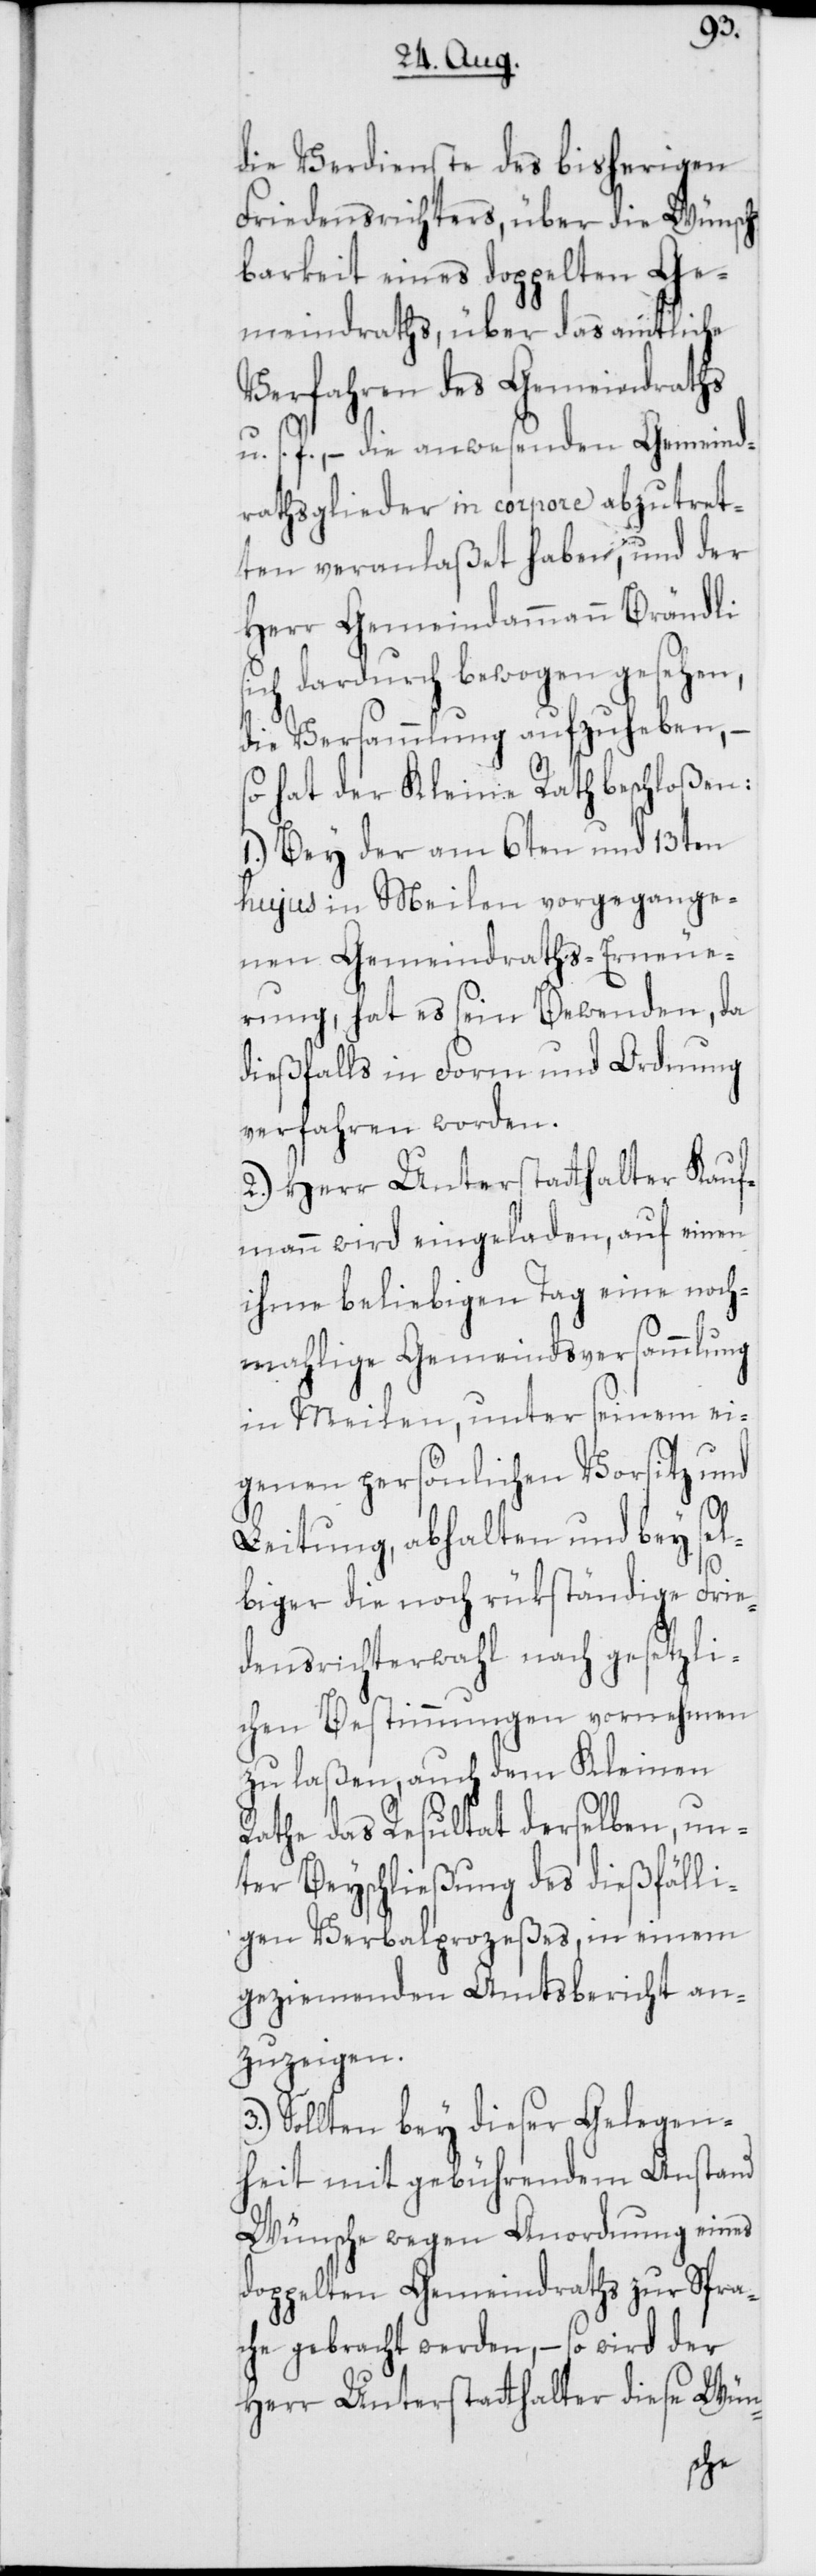
die Verdienste des bisherigen
Friedensrichters, über die Wünsch¬
barkeit eines doppelten Ge¬
meindraths, über das amtliche
Verfahren des Gemeindraths
u. s. f., – die anwesenden Gemeind¬
rathsglieder in corpore abzutret¬
ten veranlaßet haben, und der
Herr Gemeindammann Brändli
sich dardurch bewogen gesehen,
die Versammlung aufzuheben,
so hat der Kleine Rath beschloßen:
1.) Bey der am 6ten und 13ten
hujus in Meilen vorgegange¬
nen Gemeindraths-Erneue¬
rung, hat es sein Bewenden, da
dießfalls in Form und Ordnung
verfahren worden.
2.) Herr Unterstatthalter Kauf¬
mann wird eingeladen, auf einen
ihme beliebigen Tag eine noch¬
mahlige Gemeindsversammlung
in Meilen, unter seinem ei¬
genen persönlichen Vorsitz und
Leitung, abhalten und bey sel¬
biger die noch rükständige Frie¬
densrichterwahl nach gesetzli¬
chen Bestimmungen vornehmen
zu laßen, auch dem Kleinen
Rathe das Resultat derselben, un¬
ter Beyschließung des dießfälli¬
gen Verbalprozeßes, in einem
geziemenden Amtsbericht an¬
zuzeigen.
3.) Sollten bey dieser Gelegen¬
heit mit gebührendem Anstand
Wünsche wegen Anordnung eines
doppelten Gemeindraths zur Spra¬
che gebracht werden, – so wird der
Herr Unterstatthalter diese Wün-